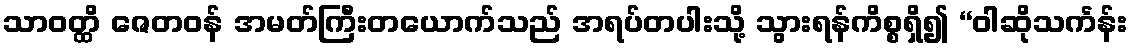
သာဝတ္ထိ ဇေတဝန် အမတ်ကြီးတယောက်သည် အရပ်တပါးသို့ သွားရန်ကိစ္စရှိ၍ “ဝါဆိုသင်္ကန်း